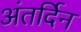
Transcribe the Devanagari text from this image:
अंतर्दिन